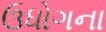
ઉધોગના